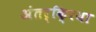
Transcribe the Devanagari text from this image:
अंतर्कि्रया